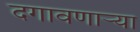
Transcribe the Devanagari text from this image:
दगावणाऱ्या